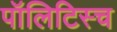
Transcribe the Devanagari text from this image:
पॉलिटिस्च